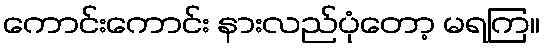
ကောင်းကောင်း နားလည်ပုံတော့ မရကြ။